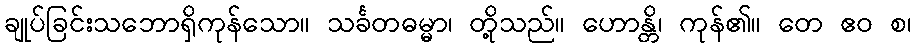
ချုပ်ခြင်းသဘောရှိကုန်သော။ သင်္ခတဓမ္မာ၊ တို့သည်။ ဟောန္တိ၊ ကုန်၏။ တေ ဧဝ စ၊